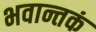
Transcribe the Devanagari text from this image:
भवान्तकं